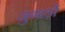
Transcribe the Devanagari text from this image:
जुगाड़ों